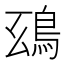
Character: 𩿒